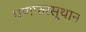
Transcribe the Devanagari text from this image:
पणफरस्थान